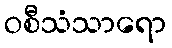
ဝစီသံသာရော